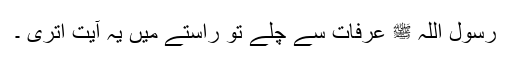
رسول اللہ ﷺ عرفات سے چلے تو راستے میں یہ آیت اُتری ۔